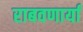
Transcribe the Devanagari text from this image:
राबवणार्या